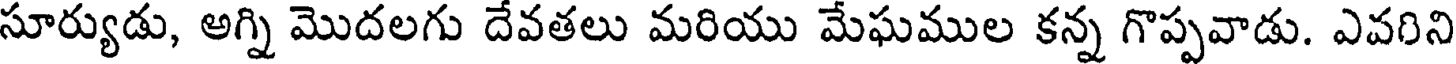
సూర్యుడు, అగ్ని మొదలగు దేవతలు మరియు మేఘముల కన్న గొప్పవాడు. ఎవగిని